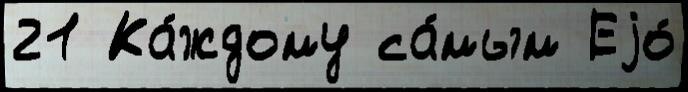
21 Ка́ждому са́мым Еjо́